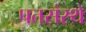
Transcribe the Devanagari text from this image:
पतसंस्थे